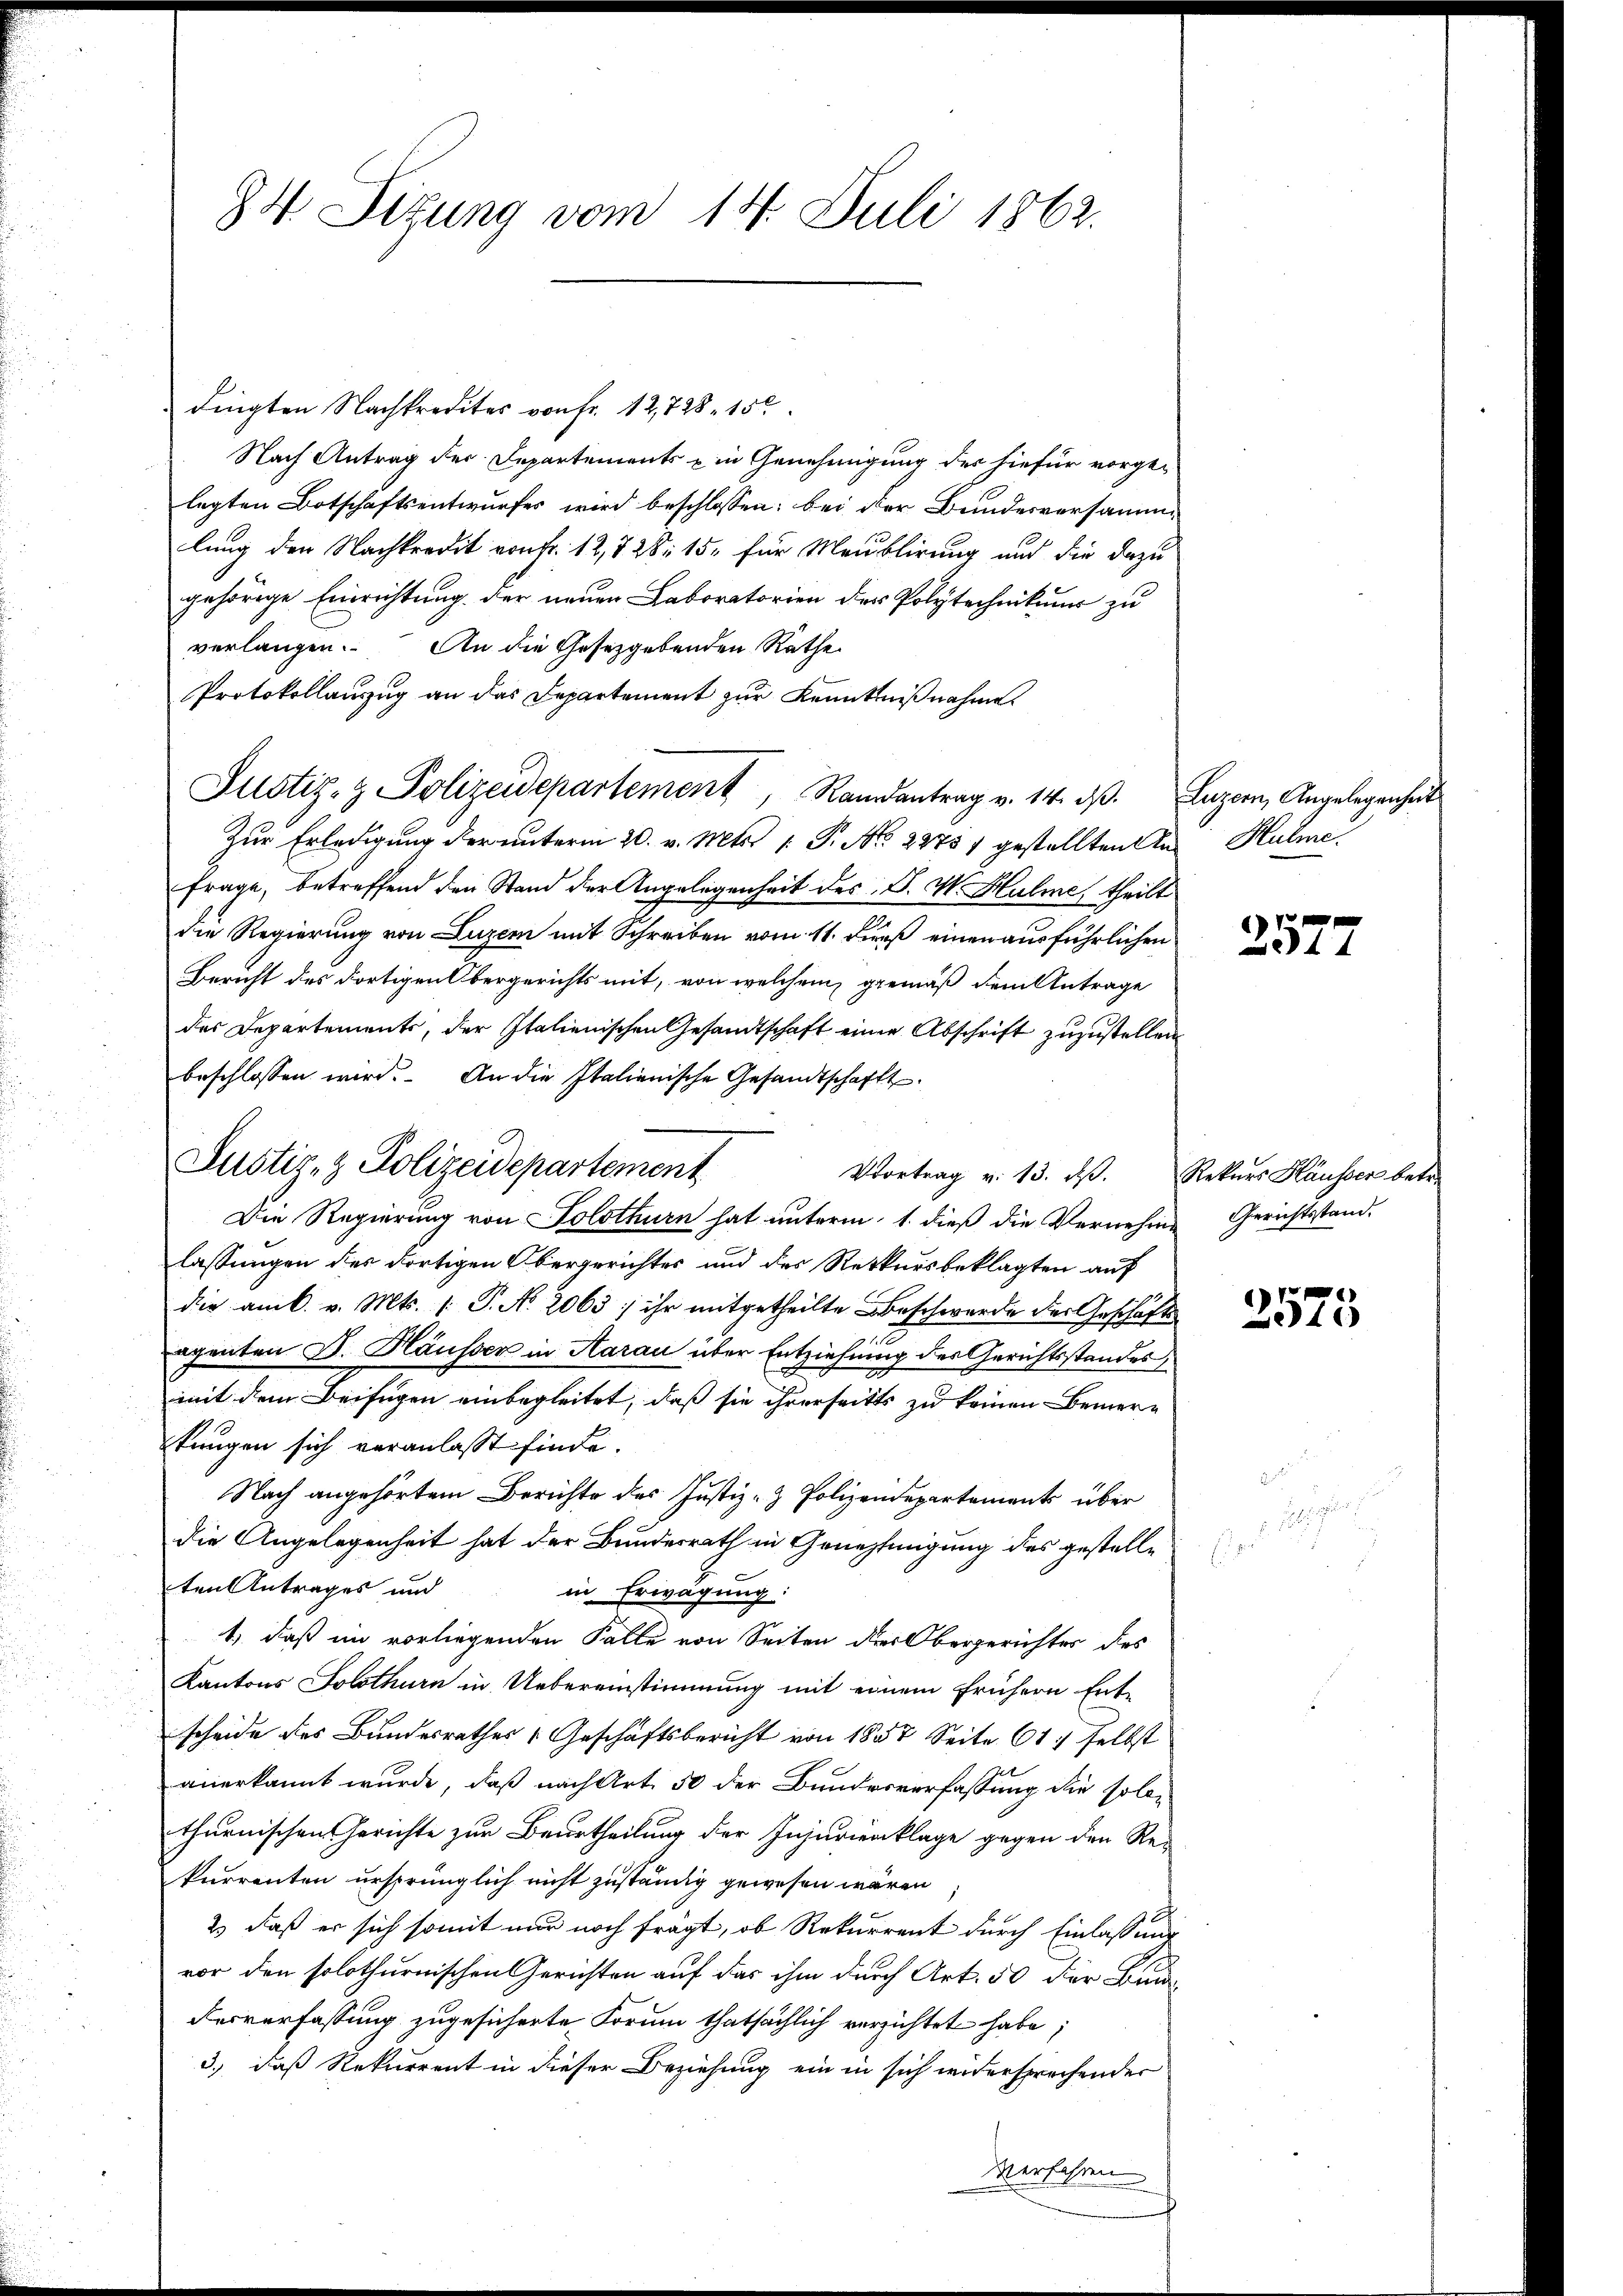
84 Sizung vom 14. Juli 1862.

dingten Nachkredites von Fr. 12,728, 150
Nach Antrag der Departements in Genehmigung der hiefür vorgelegten Botschaftsentwurfes wird beschlossen: bei der Bundesversammlung der Nachkredit von Fr. 12, 828, 15. für Meublirung und die dazu
gehörige Einrichtung der neuen Laboratorien der Polytechnikums zu
verlangen. An die Gesetzgebenden Rathe
Protokollauszug an das Departement zur Kenntnißnahme
Justiz- & Polizeidepartement, Randantrag v. 14. dβ. Luzern, Angelegenheit
Zur Erledigung der unterm 20. v. Mts. 1. P. Nr. 22751 gestellten Anfrage, betreffend den Stand der Angelegenheit des P. V. Halme, theilt
die Regierung von Luzern mit Schreiben vom 11. Dieß einen ausführlichen
Bericht des dortigen Obergerichts mit, von welchem gemäß dem Antrage
des Departements, der Italienischen Gesandtschaft einer Abschrift zŭzŭstellen
beschlossen wird. An die Italienische Gesandtschaft
Vortrag v. 13. ds.
Die Regierung von Solothurn hat unterm 1. dieß die Vernehme Gerichtsstand-
lassungen des dortigen Obergerichtes und des Rekursbeklagten auf
die am k. v. Mts. (: P. No. 2063 ; ihr mitgetheilte Beschwerde der Geschäfts
egenten D. Häusser in Aarau über Entziehung des Gerichtsstandes
mit dem Beifügen einbegleitet, daß sie ihrerseitts zu keinen Bemerkungen sich veranlasst finde.
Nach angehörtem Berichte des Justiz- & Polizeidepartements über
die Angelegenheit hat der Bundesrath in Genehmigung des gestelle
ten Antrages und
in Erwägung:
1) daß im vorliegenden Falle von Seiten der Obergerichter des
Kantons Solothurn in Uebereinstimmung mit einem frühern Entscheide des Bundesrathes Geschäftsbericht von 1857 Seite 61. selbst
anerkannt wurde, daß nach Art. 50 der Bundesverfassung die solle
thurnischen Gerichte zur Beurtheilung der Injurienklage gegen den Re-
kurrenten ursprünglich nicht zuständig gewesen wären
2.) daß er sich somit nur noch fragt, ob Rekurrent durch Einlassung
vor den solothurnischen Gerichten auf das ihm durch Art. 50 der Bund
Ferverfassung zugesicherte Forum thatsächlich verzichtet habe;
3.) daß Rekurrent in dieser Beziehung ein in sich widersprechender
Verfahren

Justiz- & Polizeidepartement

Hulme.

2577

Rekurs Häusser betr.

)
373